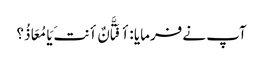
آپ نے فرمایا :أ فَتَّانٌ أنتَ یَا مُعَاذُ؟